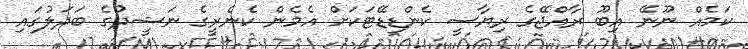
ކަމެއް ނޫނޭ އިބޫ ރާއްޖޭގެ ރިޔާސީ ކެންޑިޑޭޓަކަށް އެމެން ކެނެރީގެ ނަޝީދުގެ ބަދަލުގައި